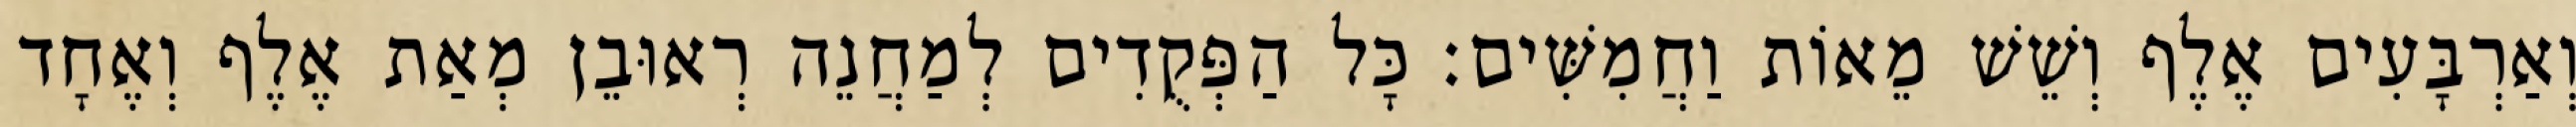
וְאַרְבָּעִים אֶלֶף וְשֵׁשׁ מֵאוֹת וַחֲמִשִּׁים׃ כָּל הַפְּקֻדִים לְמַחֲנֵה רְאוּבֵן מְאַת אֶלֶף וְאֶחָד